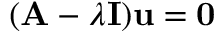
( \mathbf { A } - \lambda \mathbf { I } ) \mathbf { u } = \mathbf { 0 }